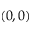
( 0 , 0 )